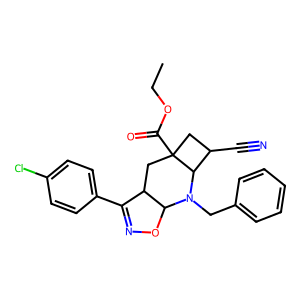
SMILES: CCOC(=O)C12CC(C#N)C1N(Cc1ccccc1)C1ON=C(c3ccc(Cl)cc3)C1C2
Inhibits HIV replication: No